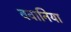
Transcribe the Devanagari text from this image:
ववानिया